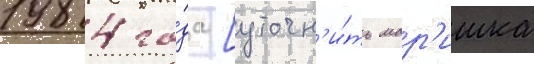
1984 го́да [уточн'и́ть мар'ишка